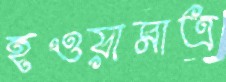
হওয়ামাত্র